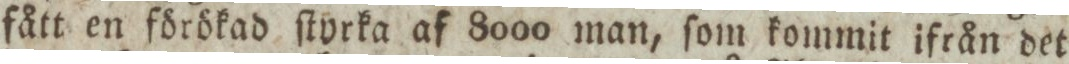
fått en förökad ſtyrka af 8000 man, ſom kommit ifrån det